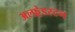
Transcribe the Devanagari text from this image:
अल्फ़्रेडस्टन